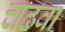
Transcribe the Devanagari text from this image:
चढवा